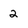
Character: 2